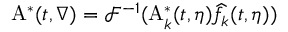
\mathrm { A } ^ { * } ( t , \nabla ) = \mathcal { F } ^ { - 1 } ( \mathrm { A } _ { k } ^ { * } ( t , \eta ) \widehat { f } _ { k } ( t , \eta ) )